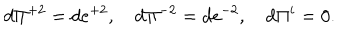
LaTeX: d \Pi ^ { + 2 } = d e ^ { + 2 } , \quad d \Pi ^ { - 2 } = d e ^ { - 2 } , \quad d \Pi ^ { i } = 0 .